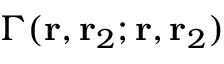
\Gamma ( \mathbf { r } , \mathbf { r } _ { 2 } ; \mathbf { r } , \mathbf { r } _ { 2 } )